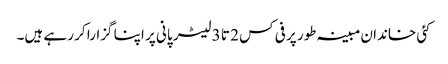
کئی خاندان مبینہ طور پر فی کس 2 تا 3 لیٹر پانی پر اپنا گزارا کر رہے ہیں۔